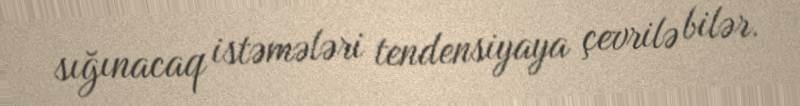
sığınacaq istəmələri tendensiyaya çevrilə bilər.